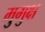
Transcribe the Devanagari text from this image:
मुुमुक्ष